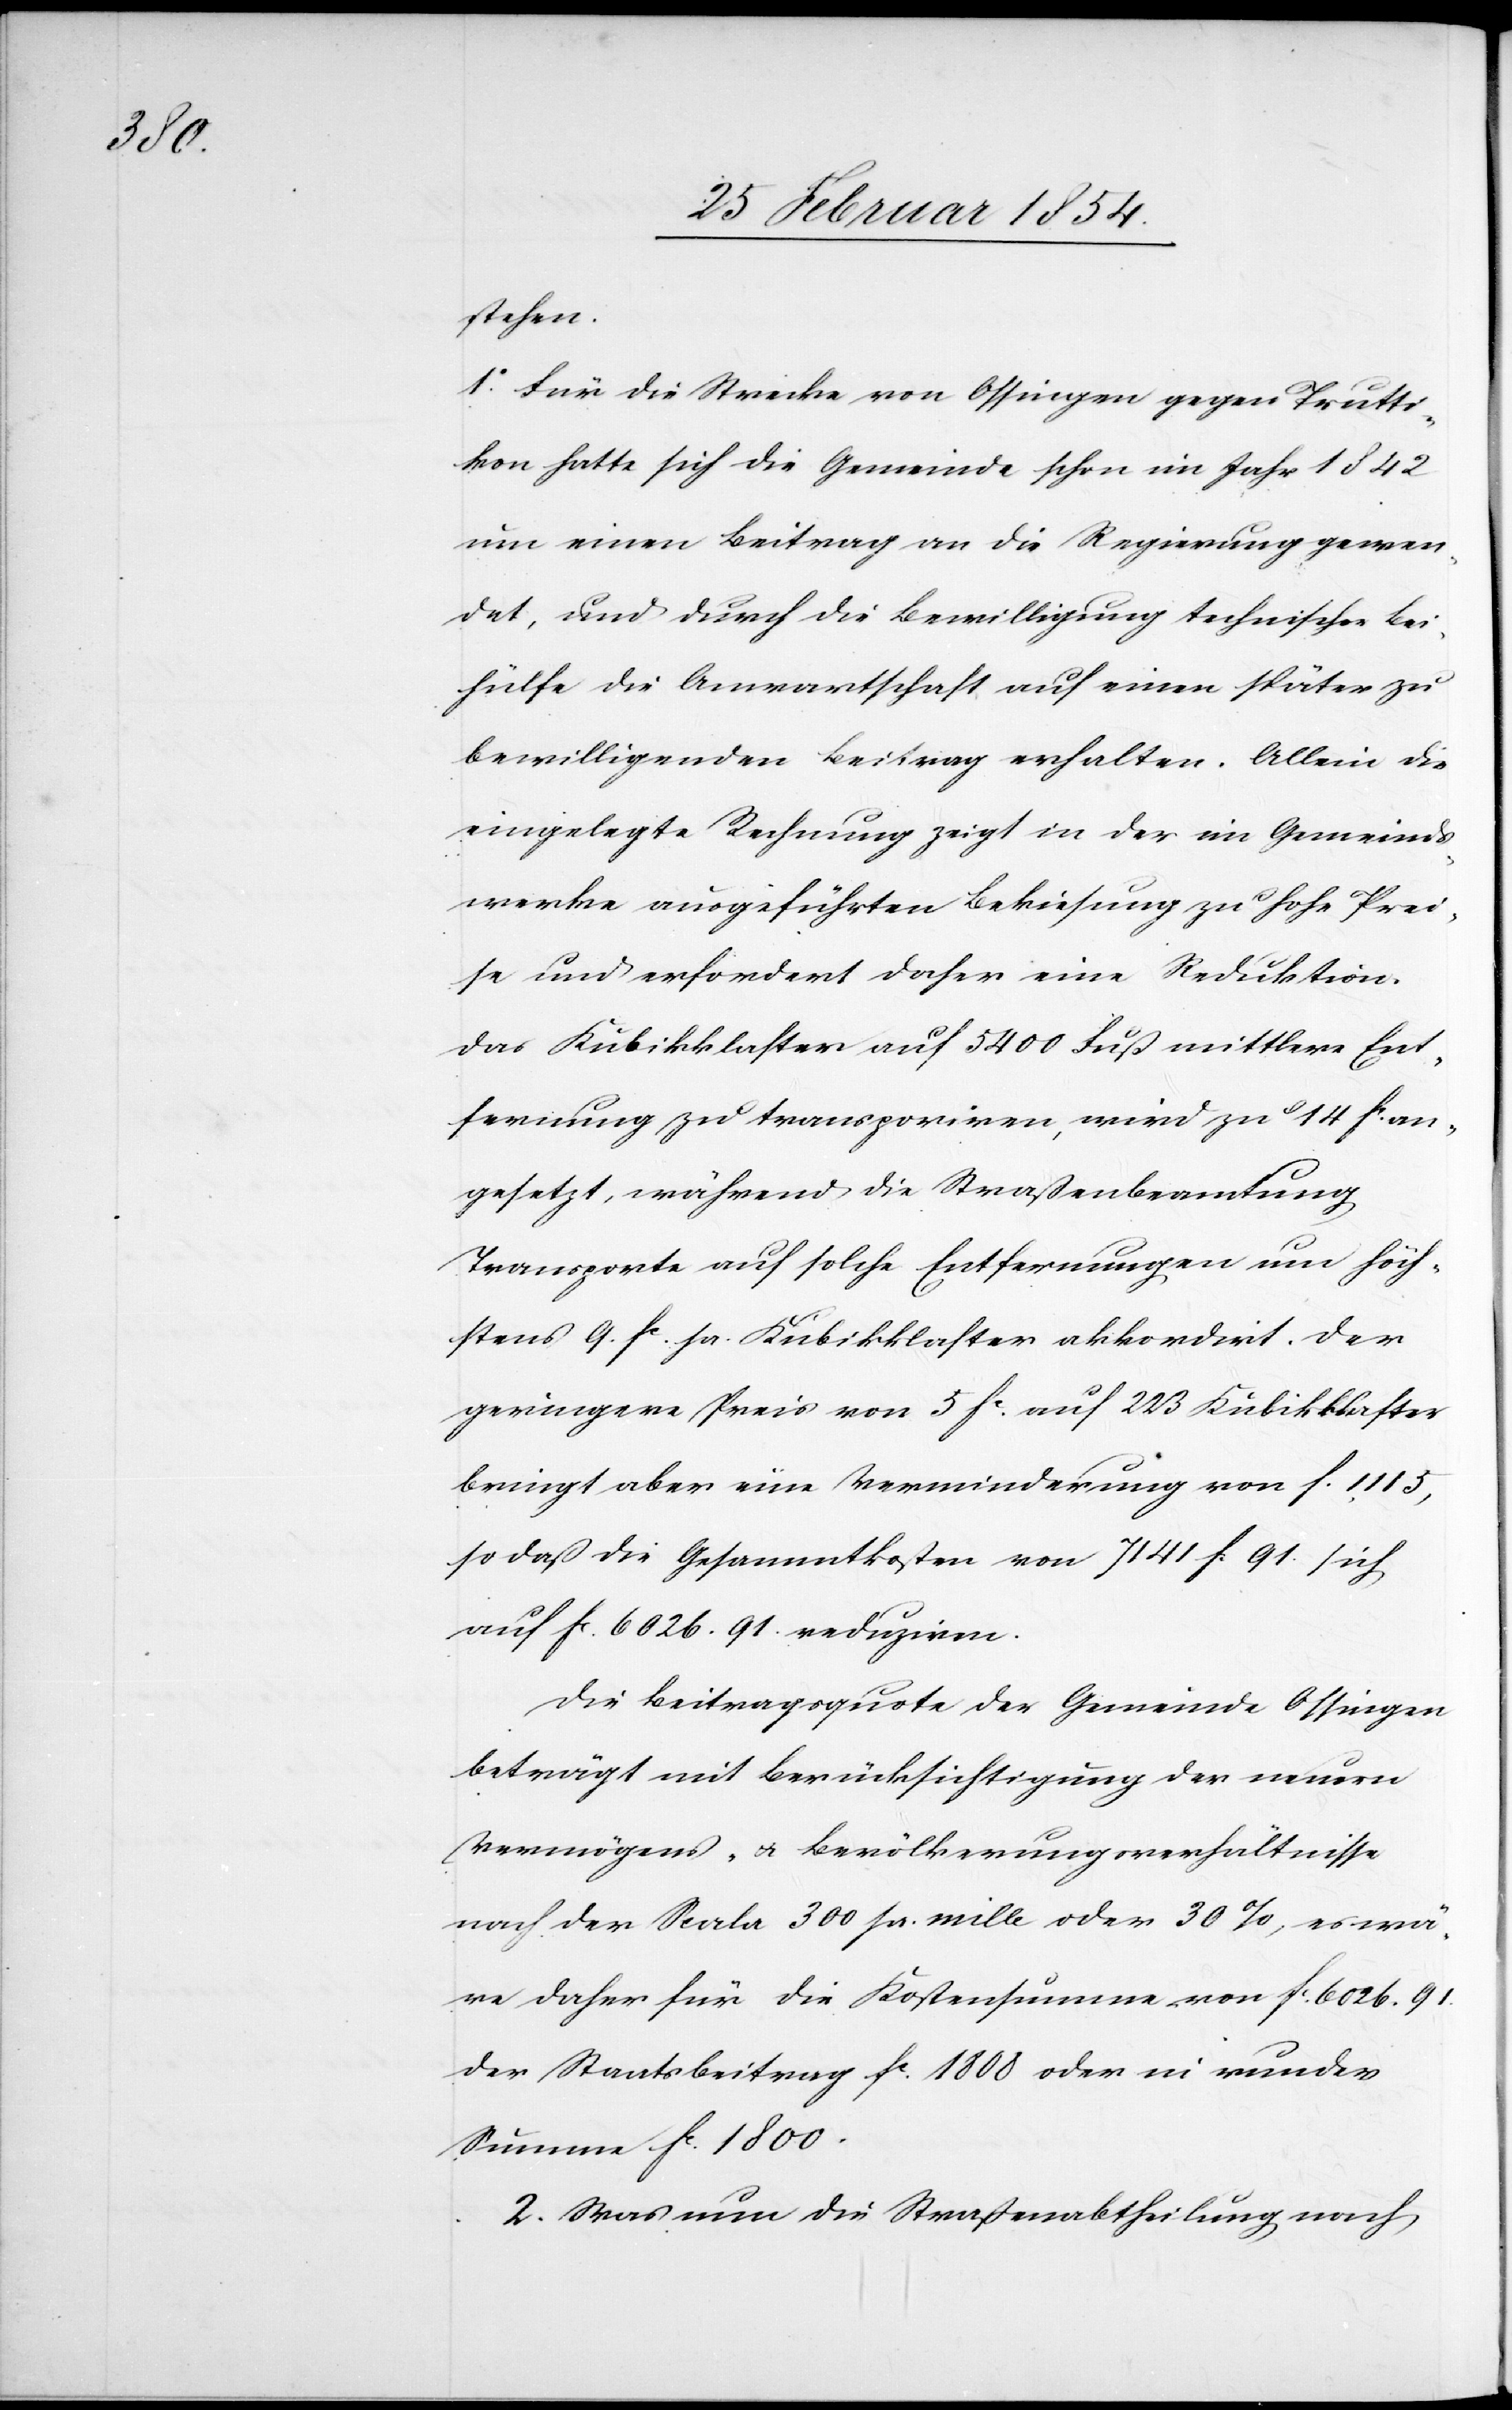
stehen.
1o Für die Strecke von Ossingen gegen Trutti¬
kon hatte sich die Gemeinde schon im Jahr 1842
um einen Beitrag an die Regierung gewen¬
det, und durch die Bewilligung technischer Bei¬
hülfe die Anwartschaft auf einen später zu
bewilligenden Beitrag erhalten. Allein die
eingelegte Rechnung zeigt in der im Gemeinds¬
werke ausgeführten Bekiesung zu hohe Prei¬
se und erfordert daher eine Reduktion.
Das Kubikklaster auf 5400 Fuß mittlere Ent¬
fernung zu transpor[t]iren, wird zu 14 Fc an¬
gesetzt, während die Straßenbeamtung
Transporte auf solche Entfernung um höch¬
stens 9. Fc pr. Kubikklaster akkordirt. Der
geringere Preis von 5 Fc auf 223 Kubikklaster
bringt aber eine Verminderung von F. 1115,
so daß die Gesammtkosten von 7141 F 91. sich
auf Fc 6026.91. reduziren.
Die Beitragsquote der Gemeinde Ossingen
beträgt mit Berücksichtigung der neuern
Vermögens- u. Bevölkerungsverhältnisse
nach der Scala 300 pr. mille oder 30%, es wä¬
re daher für die Kostensumme von Fc 6026.91.
der Staatsbeitrag Fc 1808 oder in runder
Summe Fc 1800.
2. Was nun die Straßenabtheilung nach